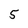
Character: 5